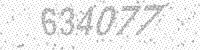
Solution: 634077